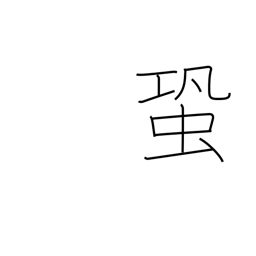
Meaning: cricket